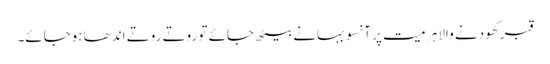
قبر کھودنے والا ہر میت پر آنسو بہانے بیٹھ جائے تو روتے روتے اندھا ہوجائے۔